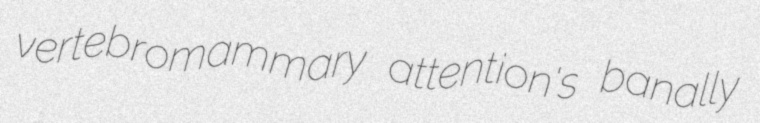
vertebromammary attention's banally